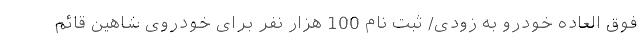
فوق العاده خودرو به زودی/ ثبت نام 100 هزار نفر برای خودروی شاهین قائم